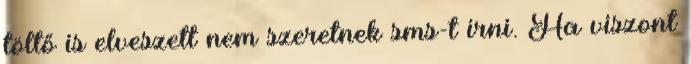
töltő is elveszett nem szeretnek sms-t írni. Ha viszont